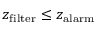
z _ { \mathrm { f i l t e r } } \le z _ { \mathrm { a l a r m } }